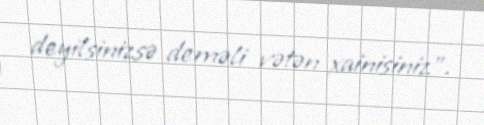
deyilsinizsə deməli vətən xainisiniz”.